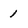
Character: 1